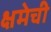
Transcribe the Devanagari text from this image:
क्षमेची